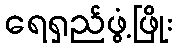
ရေရှည်ဖွံ့ဖြိုး